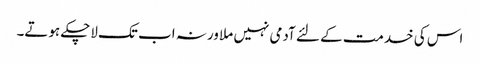
اس کی خدمت کے لئے آدمی نہیں ملا ورنہ اب تک لاچکے ہوتے۔